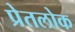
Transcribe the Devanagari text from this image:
प्रेतलोक